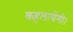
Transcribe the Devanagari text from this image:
कहलायेंगी।